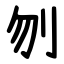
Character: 刎